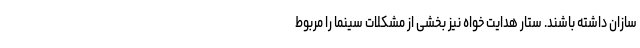
سازان داشته باشند. ستار هدایت خواه نیز بخشی از مشکلات سینما را مربوط